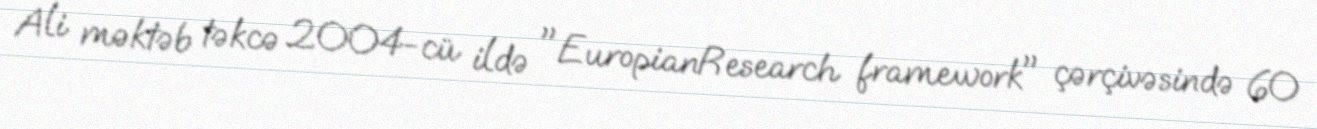
Ali məktəb təkcə 2004-cü ildə "EuropianResearch framework" çərçivəsində 60